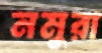
নমুরা